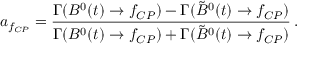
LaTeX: a _ { f _ { C P } } = \frac { \Gamma ( B ^ { 0 } ( t ) \rightarrow f _ { C P } ) - \Gamma ( \tilde { B } ^ { 0 } ( t ) \rightarrow f _ { C P } ) } { \Gamma ( B ^ { 0 } ( t ) \rightarrow f _ { C P } ) + \Gamma ( \tilde { B } ^ { 0 } ( t ) \rightarrow f _ { C P } ) } \, .